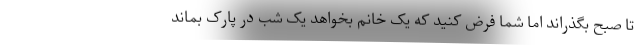
تا صبح بگذراند اما شما فرض کنید که یک خانم بخواهد یک شب در پارک بماند